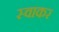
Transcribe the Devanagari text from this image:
स्वाकर